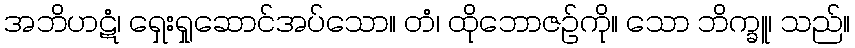
အဘိဟဋံ၊ ရှေးရှုဆောင်အပ်သော။ တံ၊ ထိုဘောဇဉ်ကို။ သော ဘိက္ခူ၊ သည်။